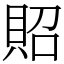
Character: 𧵓